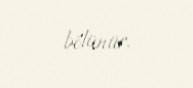
bölünür.